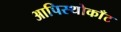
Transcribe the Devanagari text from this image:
आपिस्थोकाँट